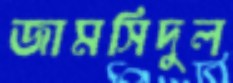
জামসিদুল